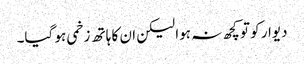
دیوار کو تو کچھ نہ ہوا لیکن ان کا ہاتھ زخمی ہو گیا۔